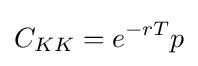
C_{KK}=e^{-rT}p